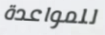
للمواعدة